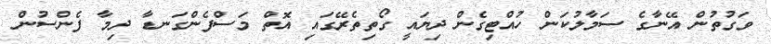
ވަގުތުން އޭނާގެ ސަމާލުކަން ހުއްޓިގެން ދިޔައީ ގޯތިތެރޭގައި އޮތް މަސްފެންގަނޑާ ދިމާ ފެންސުން